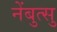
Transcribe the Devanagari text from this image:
नेंबुत्सु